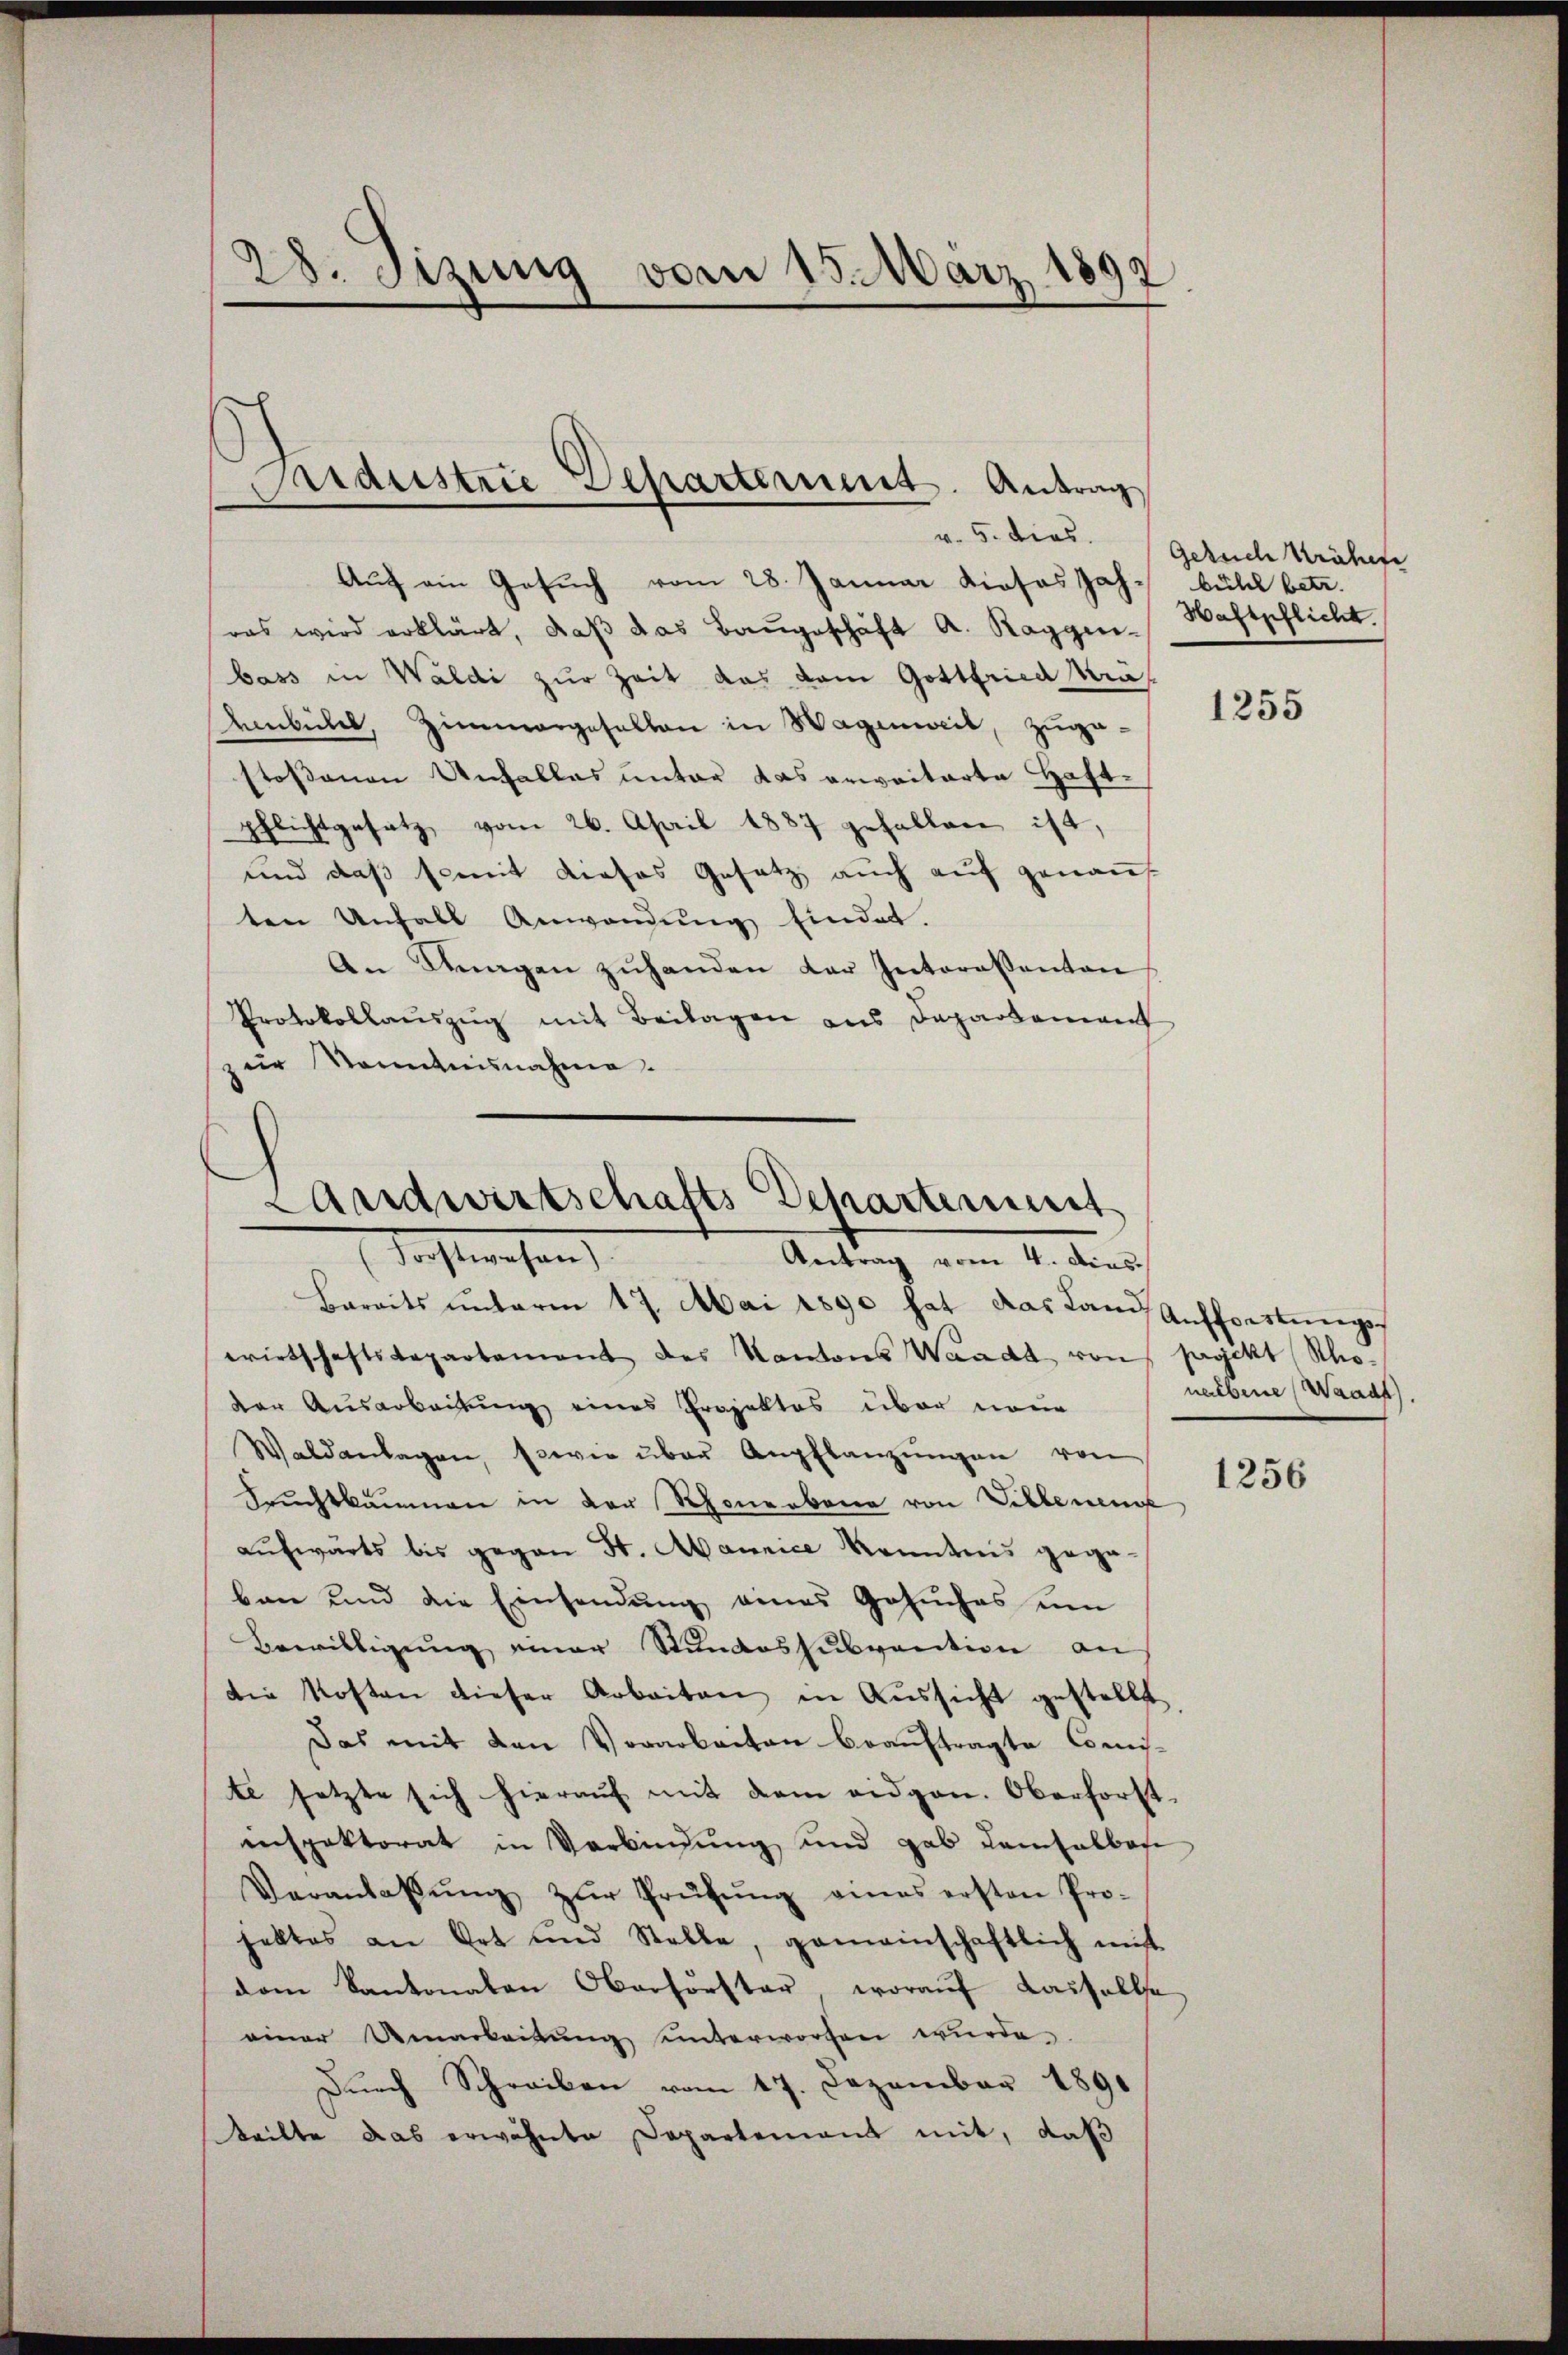
28. Sizung vom 15. März 1892

Andustrie Departement. Antrag

Landwirtschafts Departement
Tochtwesen,
Antrag vom 4. Dias.

Baraits ŭnterm 17. Mai 1890 hat das Land Aufforstungswirtschaftsdepartement des Kantons Waadt von packt Schoder Ausarbeitung eines Projektes über neue
Waldanlagen, sowie über Anpflanzŭngen von
Fruchtkammen in der Rhonerbona von Villenen
aufwärts bis gegen St. Mannice Kenntnis gegeban und die Einsendung eines Gesuches um
Bewilligung einer Stundessubvention an
die Kosten dieser Arbeiten in Aussicht gestellt
Das mit den Vorarbeiten beauftragte Comis-
te jetzte sich hieraŭf mit dem eidgen. Oberforst-
inspektorat in Verbindung und gab demselbar
Veranlassŭng zŭr Prüfŭng eines ersten Pro-
haltes an Ort und Stelle, gemeinschaftlich mit
dem Kantonalen Oberförster, worauf Kassellsa
einer Umarbeitŭng unterworfen wurde.
Dŭrch Schreiben vom 17. Dezember 1890
Weilte das erwähnte Departement mit, daß

Auch ein Gesuch vom 28. Januar dieses Jah- bühl betr.
ras wird erklärt, daß das Baugeschäft A. Ragginibass in Waldi zur Zeit das vom Gottfried Krädembühel, Zimmergesellen in Wagenweil, Zuga-
stossenen Unfalles unter das erweiterte Haft-
pflichtgesetz, vom 26. April 1887 gefallen ist,
und daß somit dieses Gesetz auch auf genau
ten Unfall Anwendung findet.
An Fragen zuhanden der Intereßanten
Protokollaŭszŭg mit Beilagen ans Departement
zur Kenntnisnahme.

v. 5. dies. Gesuche Krähere
Haftpflicht.

1255

nebene Waadt.

1256